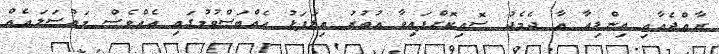
ރާއްޖެއާއި އިންޑިއާ އާ ދެމެދު ސޮއިކޮށްފައިވާ އުތުރު ތިލަފަޅު އެއްބަސްވުމުގައި އެއްވެސް މައްސަލައެއް